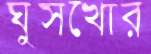
ঘুসখোর